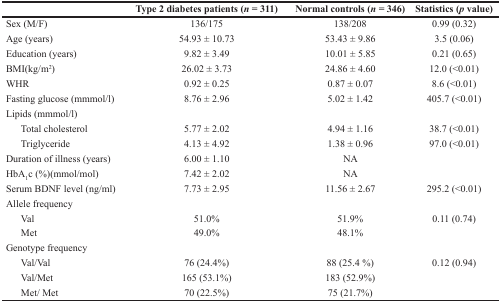
<table><thead><tr><td></td><td><b>Type 2 diabetes patients (<i>n</i> = 311)</b></td><td><b>Normal controls (<i>n</i> = 346)</b></td><td><b>Statistics (<i>p</i> value)</b></td></tr></thead><tbody><tr><td>Sex (M/F)</td><td>136/175</td><td>138/208</td><td>0.99 (0.32)</td></tr><tr><td>Age (years)</td><td>54.93 ± 10.73</td><td>53.43 ± 9.86</td><td>3.5 (0.06)</td></tr><tr><td>Education (years)</td><td>9.82 ± 3.49</td><td>10.01 ± 5.85</td><td>0.21 (0.65)</td></tr><tr><td>BMI(kg/m<sup>2</sup>)</td><td>26.02 ± 3.73</td><td>24.86 ± 4.60</td><td>12.0 (&lt;0.01)</td></tr><tr><td>WHR</td><td>0.92 ± 0.25</td><td>0.87 ± 0.07</td><td>8.6 (&lt;0.01)</td></tr><tr><td>Fasting glucose (mmmol/l)</td><td>8.76 ± 2.96</td><td>5.02 ± 1.42</td><td>405.7 (&lt;0.01)</td></tr><tr><td colspan="4">Lipids (mmmol/l)</td></tr><tr><td> Total cholesterol</td><td>5.77 ± 2.02</td><td>4.94 ± 1.16</td><td>38.7 (&lt;0.01)</td></tr><tr><td> Triglyceride</td><td>4.13 ± 4.92</td><td>1.38 ± 0.96</td><td>97.0 (&lt;0.01)</td></tr><tr><td>Duration of illness (years)</td><td>6.00 ± 1.10</td><td>NA</td><td></td></tr><tr><td>HbA<sub>1</sub>c (%)(mmol/mol)</td><td>7.42 ± 2.02</td><td>NA</td><td></td></tr><tr><td>Serum BDNF level (ng/ml)</td><td>7.73 ± 2.95</td><td>11.56 ± 2.67</td><td>295.2 (&lt;0.01)</td></tr><tr><td colspan="4">Allele frequency</td></tr><tr><td> Val</td><td>51.0%</td><td>51.9%</td><td>0.11 (0.74)</td></tr><tr><td> Met</td><td>49.0%</td><td>48.1%</td><td></td></tr><tr><td colspan="4">Genotype frequency</td></tr><tr><td> Val/Val</td><td>76 (24.4%)</td><td>88 (25.4 %)</td><td>0.12 (0.94)</td></tr><tr><td> Val/Met</td><td>165 (53.1%)</td><td>183 (52.9%)</td><td></td></tr><tr><td> Met/ Met</td><td>70 (22.5%)</td><td>75 (21.7%)</td><td></td></tr></tbody></table>